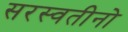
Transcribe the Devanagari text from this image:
सरस्वतीनो